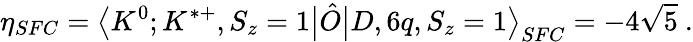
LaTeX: \eta_{SFC}=\big\langle K^{0};K^{*+},S_{z}=1\big|\hat{O}\big|D,6q,S_{z}=1\big\rangle_{SFC}=-4\sqrt{5}\ .